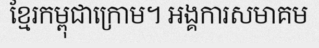
ខ្មែរកម្ពុជាក្រោម។ អង្គការសមាគម